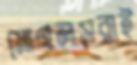
মোগলসরাই